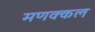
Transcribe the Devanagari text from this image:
मणक्कल